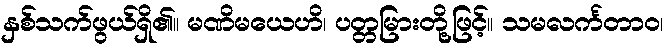
နှစ်သက်ဖွယ်ရှိ၏။ မဏိမယေဟိ၊ ပတ္တမြားတို့ဖြင့်။ သမလင်္ကတာဝ၊